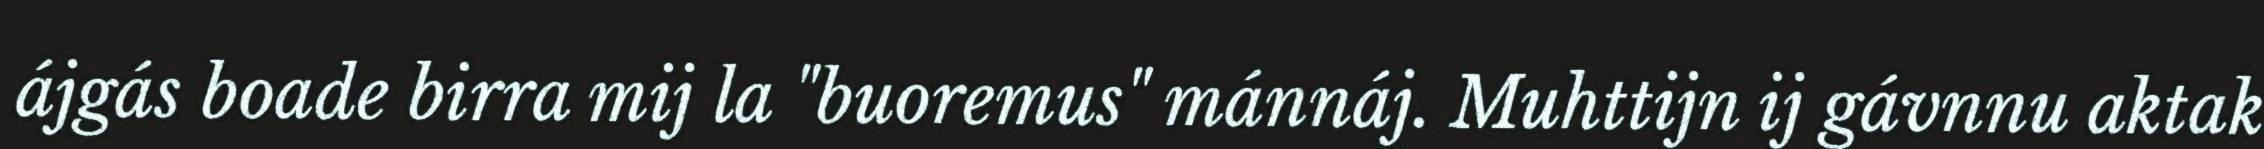
ájgás boade birra mij la "buoremus" mánnáj. Muhttijn ij gávnnu aktak